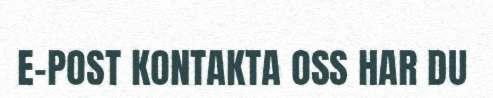
E-POST KONTAKTA OSS HAR DU